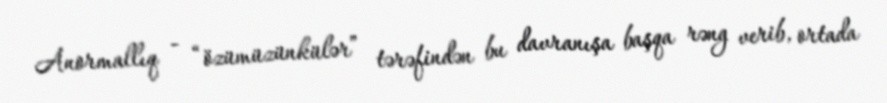
Anormallıq - “özümüzünkülər” tərəfindən bu davranışa başqa rəng verib, ortada